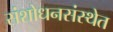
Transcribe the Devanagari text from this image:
संशोधनसंस्थेत